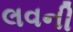
લવની